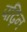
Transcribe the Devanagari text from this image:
पढ़िन